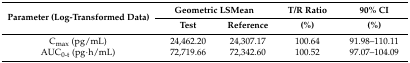
| <ROWSPAN=2> Parameter (Log-Transformed Data) | <COLSPAN=2> Geometric LSMean | T/R Ratio | 90% CI |
 | Test | Reference | (%) | (%) |
 | --- | --- | --- | --- | --- |
 | Cmax (pg/mL) | 24,462.20 | 24,307.17 | 100.64 | 91.98–110.11 |
 | AUC0-t (pg·h/mL) | 72,719.66 | 72,342.60 | 100.52 | 97.07–104.09 |